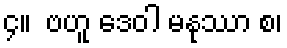
၄။  ဗဟူ ဒေဝါ မနုဿာ စ၊